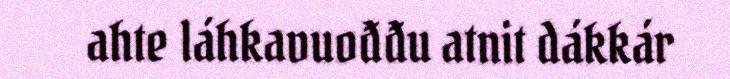
ahte láhkavuođđu atnit dákkár